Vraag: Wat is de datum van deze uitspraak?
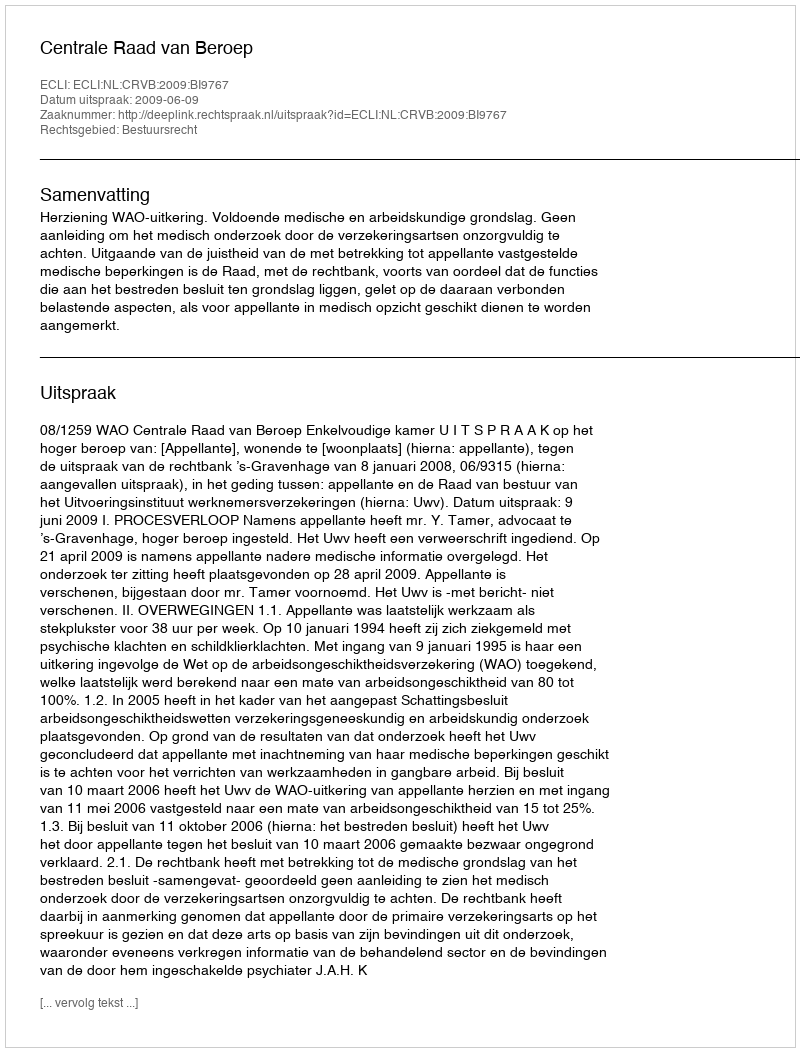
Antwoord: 2009-06-09